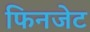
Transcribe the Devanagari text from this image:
फिनजेट